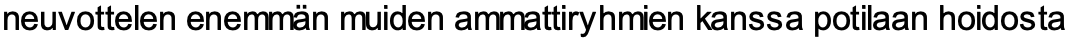
neuvottelen enemmän muiden ammattiryhmien kanssa potilaan hoidosta